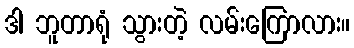
ဒါ ဘူတာရုံ သွားတဲ့ လမ်းကြောလား။